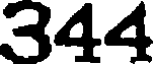
344